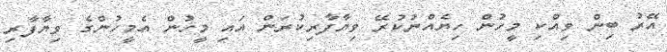
އޭރު ބިން ވިއްކި މީހުން ހިޔެއްނުކުރޭ ވިޔާފާރިކުރަން އައި މީހުން އެމީހުންގެ ވިޔާފާރި